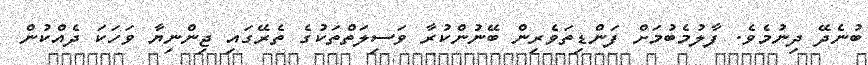
ބުނެދޭ ދިނުމެވެ. ފާލުމެބުމަށް ފަންޑިތަވެރިން ބޭނުންކުރާ ވަސިލަތްތަކުގެ ތެރޭގައި ޖިންނިޔާ ވަހަކަ ދެއްކުން